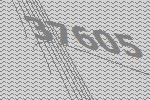
37605